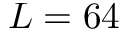
L = 6 4